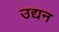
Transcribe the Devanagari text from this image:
उद्यन